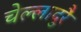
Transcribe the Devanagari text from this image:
चेल्लादुरै